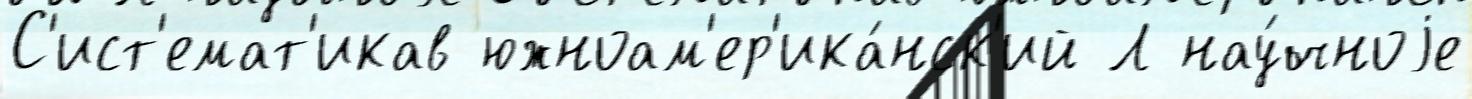
С'ист'емат'икав южноам'ер'ика́нск'ий Л нау́чноjе